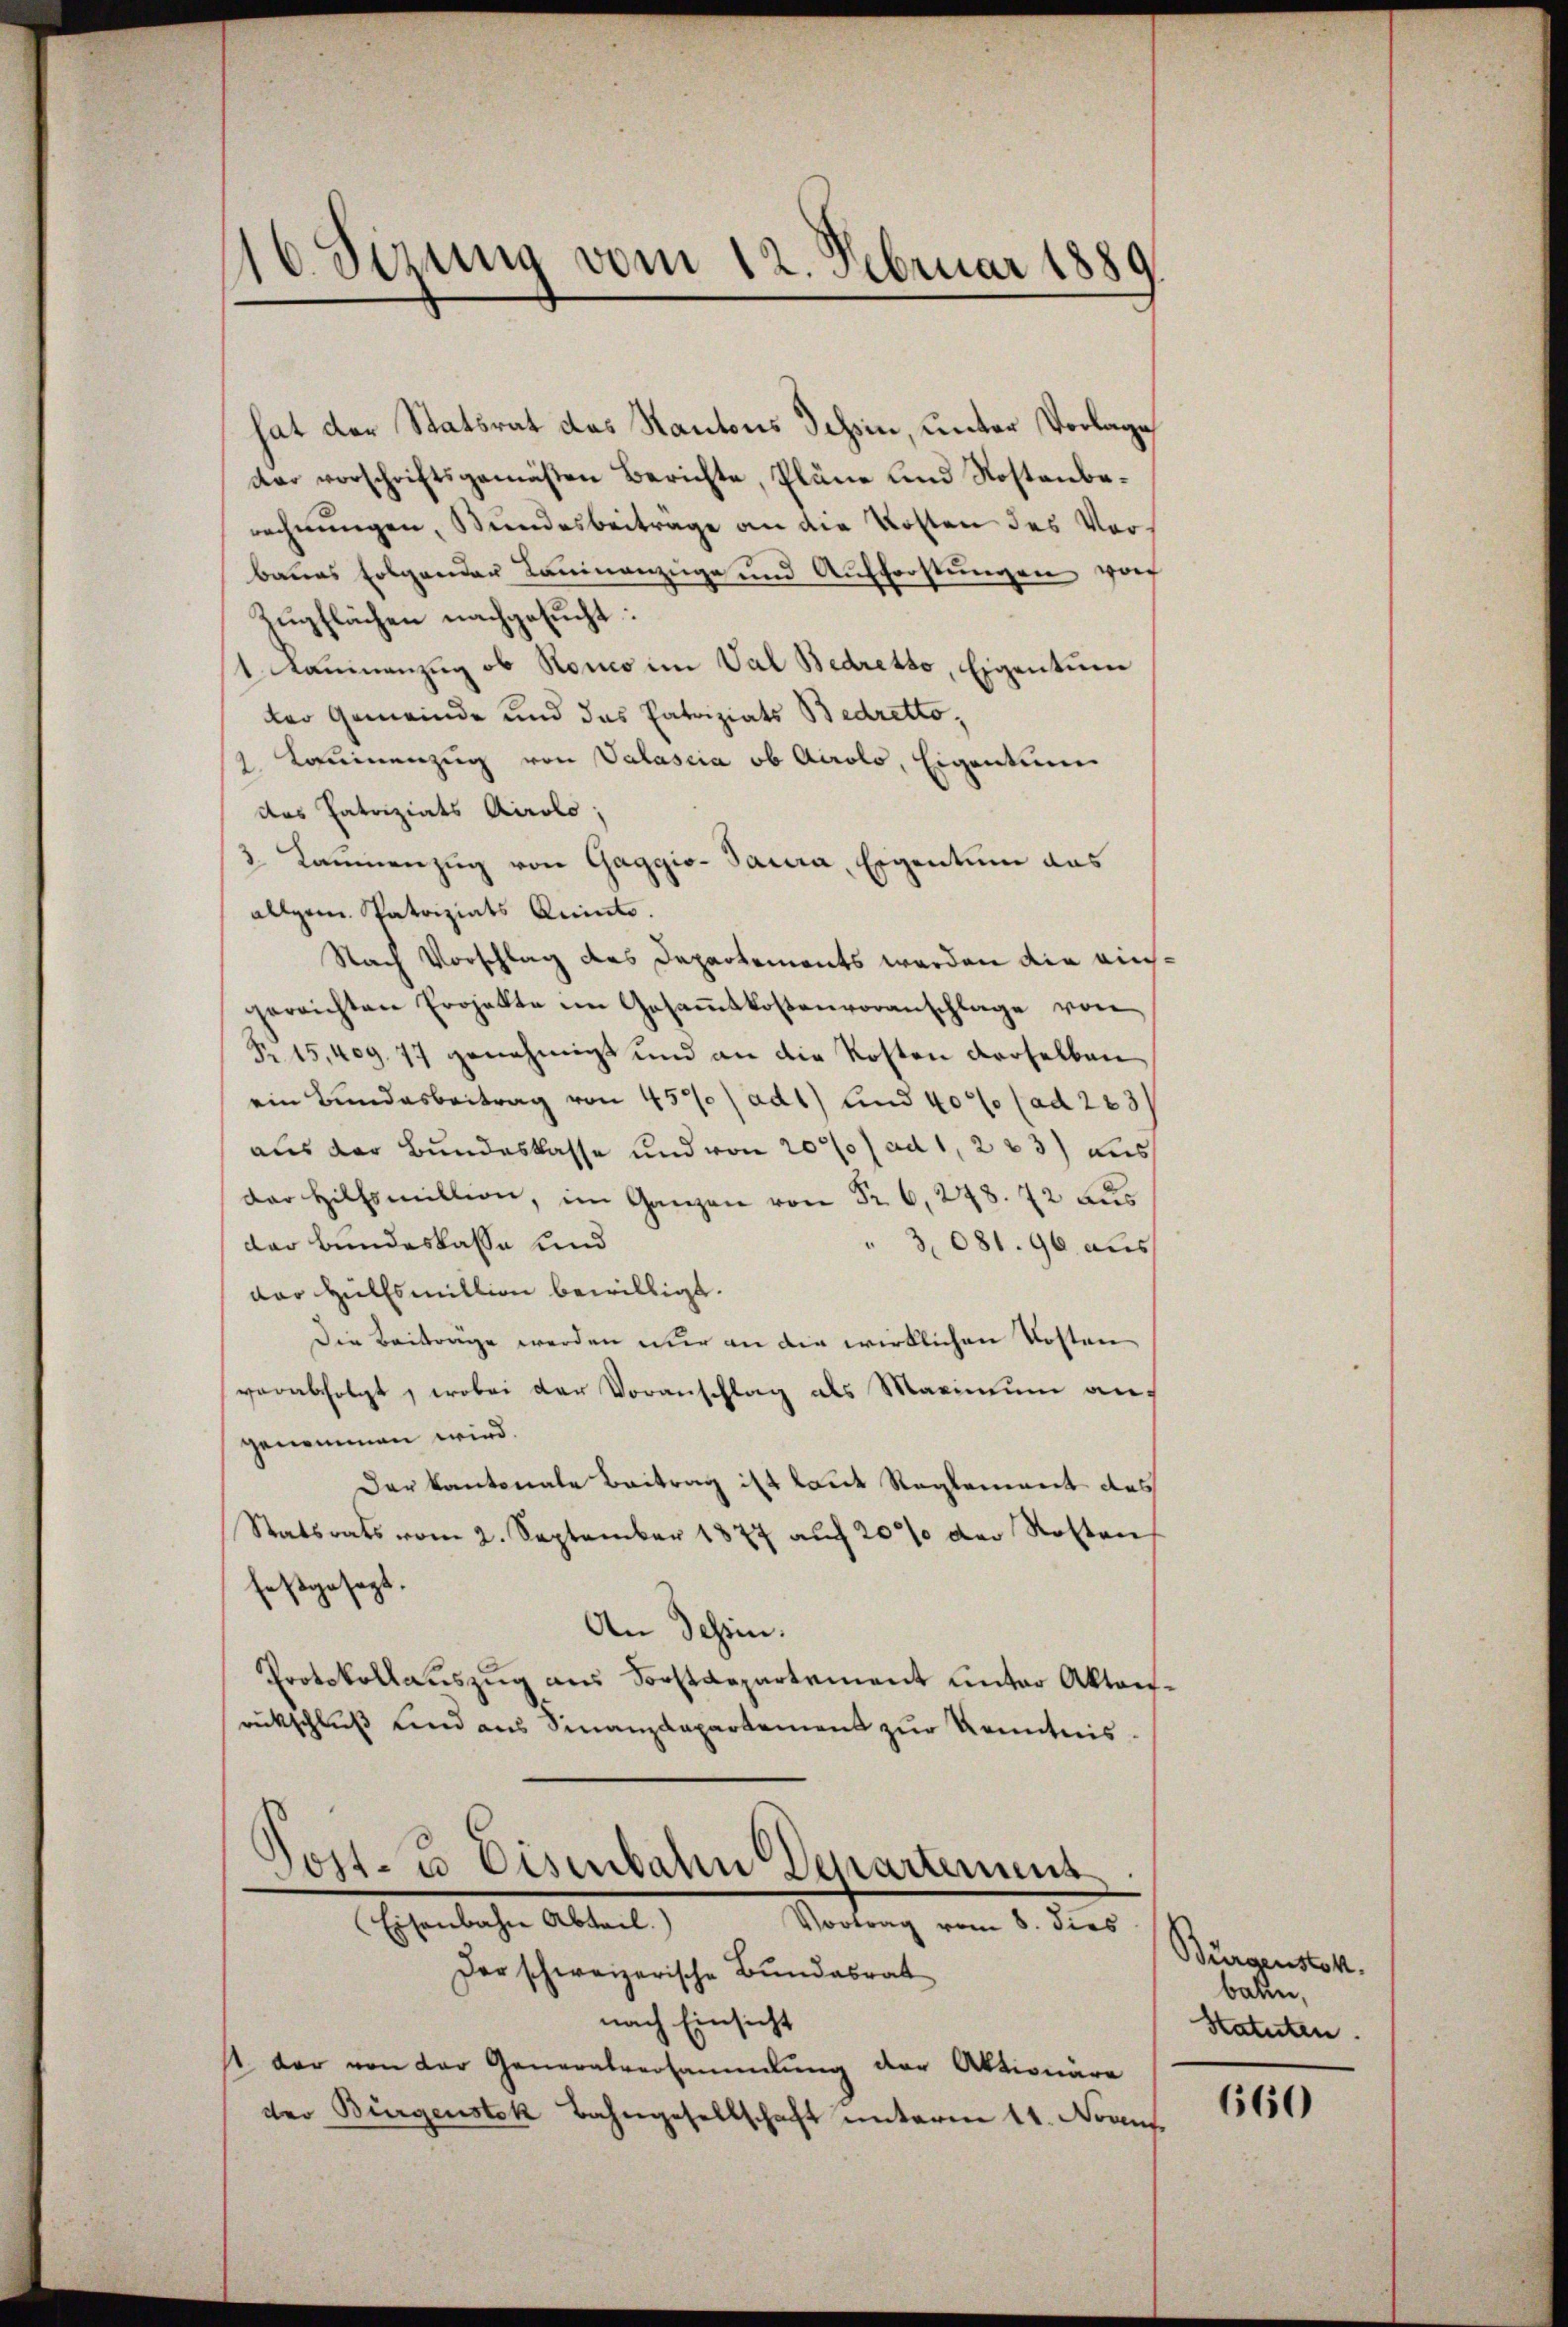
16. Sezung vom 12. Februar 1889.

hat der Statsrat das Kantons Tessin, unter Vorlage
dar vorschriftsgemäßen Berichte, Pläne und Kostenberechnungen, Bundesbeitrage an die Kosten des Vorbanes Folgenden Laninanzüge und Aufforstungen vor
Zugflächen nachgesucht:
1. Kammenzug ob Ronco im Val Bedretto, Eigenturer
ter Gemeinde und das Patriziats Bedretto,
1 Louinenzug von Valascia ob Airolo, Eigentum
das Patriziats Airolo,
2. Laumenzug von Gaggio-Saura, Eigentum das
allgem. Patriziats Quinto.
Nach Vorschlag des Departements werden die auchgereichten Projekte im Gesammtkostenvoranschlage von
Pr. 15,409. 77 genehmigt und an die Kosten derselben
ein Bundesbeitrag von 457) ad 1) und 40% (ad 223/
aus der Bundeskasse und von 20// ad 1, 223) Aus
dar Hilfsmillion, im Ganzen von Fr. 6, 278. 72 aus
dar bundeskasse und
3,081. 90 aus
dor Hülfsmillion bewilligt.
Die Beitrage werden wir an die wirklichen Kosten
verabfolgt, wobei der Voranschlag als Marinium auf
genommen wird.
Der Kantonale Beitrag ist laut Reglement des
Statsrats vom 2. September 1877 auf 20 % der Rotten
festgesezt.
An Tessin.
Protokollauszug aus Sorstaepartement unter Aktenrückschluß und aus Finanzdepartement zur Kenntnisost- u Eisenbahn Departement
Eisenbahn Abteil.
Vortrag vom 8. dies
Der schweizerische Bundesrat
nach Einsicht
st der von der Generalversammlung der Aktionäre
der Bürgenstok Bahngesellschaft unterm 11. Noaus

Bürgenstalt.
bauen,
Statuten.

660